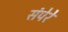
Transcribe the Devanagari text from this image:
संपेरे